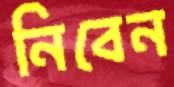
নিবেন